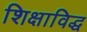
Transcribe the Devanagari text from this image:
शिक्षाविद्ध